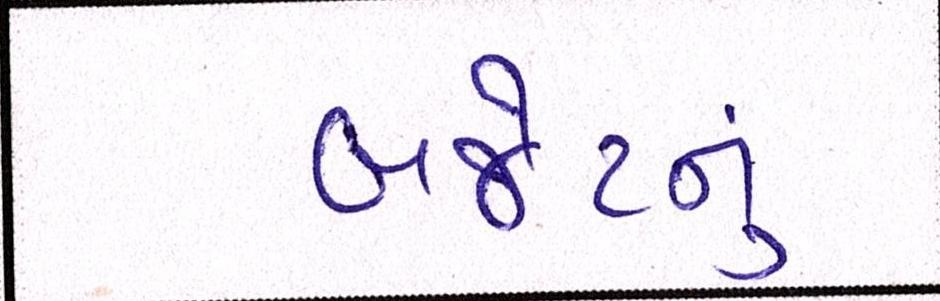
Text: બજેટનું